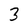
Character: 3